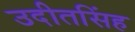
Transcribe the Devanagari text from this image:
उदीतसिंह